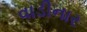
વાડીનાર